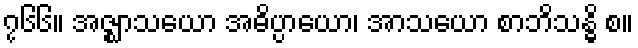
၇၆၆။ အဇ္ဈာသယော အဓိပ္ပာယော၊ အာသယော စာဘိသန္ဓိ စ။